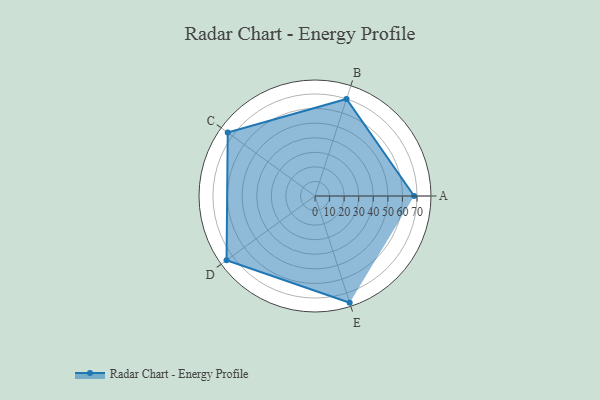
{"axis": {"x": "Skill", "y": "Score"}, "legend": ["Profile"], "data": [{"x": "A", "y": 68.0, "type": "Profile"}, {"x": "B", "y": 70.0, "type": "Profile"}, {"x": "C", "y": 74.0, "type": "Profile"}, {"x": "D", "y": 75.0, "type": "Profile"}, {"x": "E", "y": 77.0, "type": "Profile"}]}